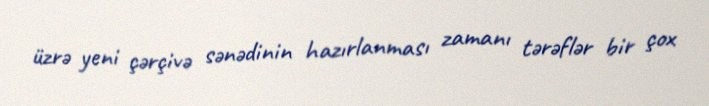
üzrə yeni çərçivə sənədinin hazırlanması zamanı tərəflər bir çox